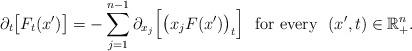
LaTeX: \begin{align*}\partial_t\big[F_t(x')\big]=-\sum_{j=1}^{n-1}\partial_{x_j}\Big[\big(x_jF(x')\big)_t\Big]\,\,\mbox{ for every }\,\,(x',t)\in{\mathbb{R}}^n_{+}.\end{align*}